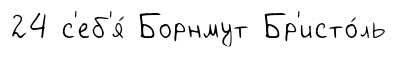
24 с'еб'я́ Борнмут Бр'исто́ль